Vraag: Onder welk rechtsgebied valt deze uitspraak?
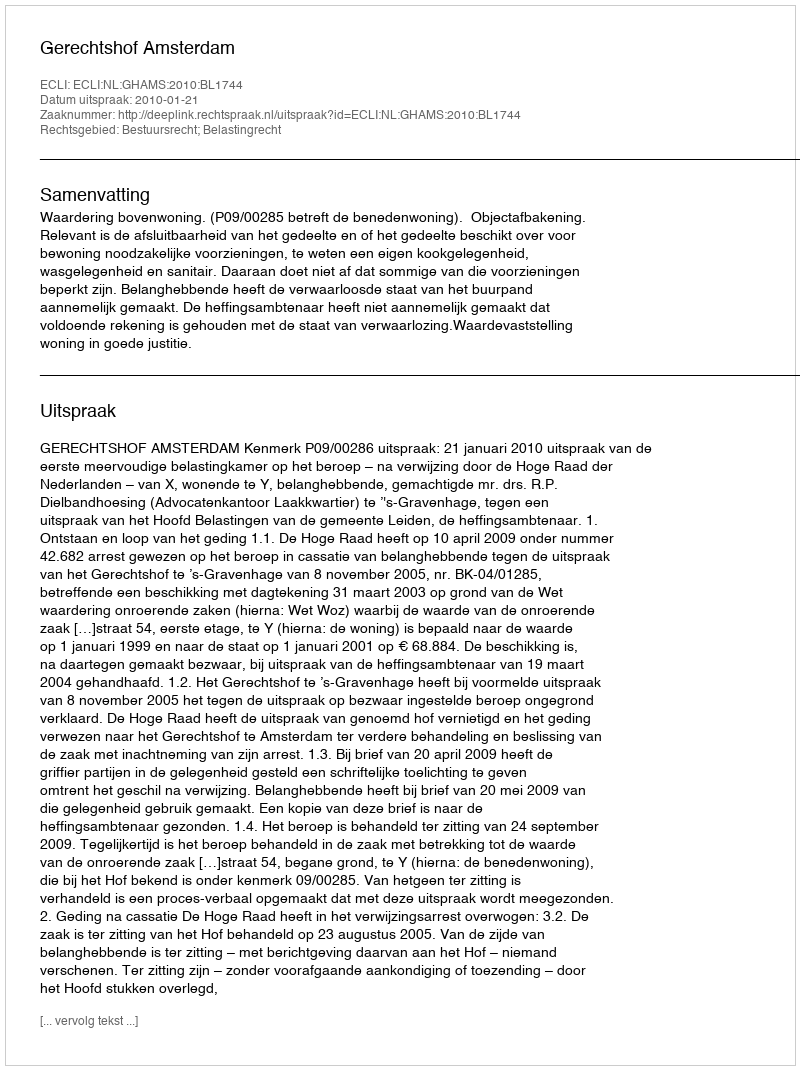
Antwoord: Bestuursrecht; Belastingrecht